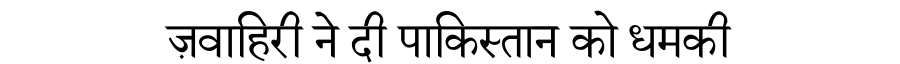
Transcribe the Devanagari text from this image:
ज़वाहिरी ने दी पाकिस्तान को धमकी